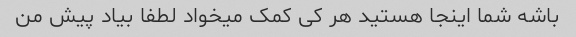
باشه شما اینجا هستید هر کی کمک میخواد لطفا بیاد پیش من